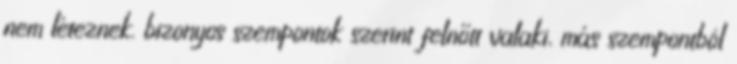
nem léteznek. bizonyos szempontok szerint felnőtt valaki, más szempontból